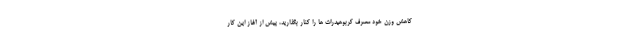
کاهش وزن خود مصرف کربوهیدرات ها را کنار بگذارید، پیش از آغاز این کار